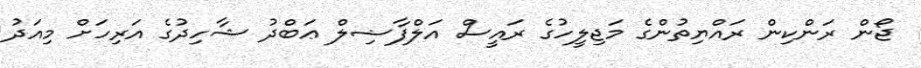
ޖޯން ރަންކިން ރައްޔިތުންގެ މަޖިލީހުގެ ރައީސް އަލްފާޟިލް ޢަބްދު ޝާހިދުގެ އަރިހަށް މިއަދު